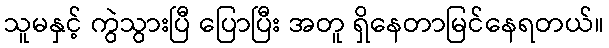
သူမနှင့် ကွဲသွားပြီ ပြောပြီး အတူ ရှိနေတာမြင်နေရတယ်။